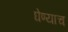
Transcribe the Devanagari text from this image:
घेण्याच